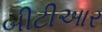
બીટીઆર